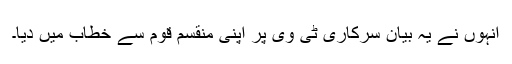
انہوں نے یہ بیان سرکاری ٹی وی پر اپنی منقسم قوم سے خطاب میں دیا۔